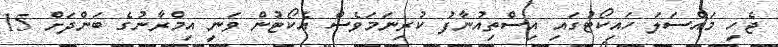
ޖެހި މައްސަލަ ހައިކޯޓުގައި އިސްތިއުނާފު ކުރިނަމަވެސް އެެކޯޓުން ވަނީ އިމްރާނުގެ ބަންދަށް 15